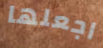
اجعلها